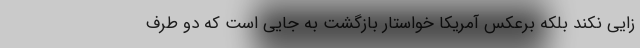
زایی نکند بلکه برعکس آمریکا خواستار بازگشت به جایی است که دو طرف